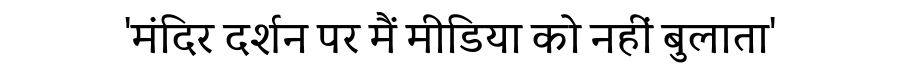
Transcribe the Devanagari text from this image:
'मंदिर दर्शन पर मैं मीडिया को नहीं बुलाता'